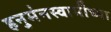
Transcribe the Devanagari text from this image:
हनुमंनस्वामींच्या